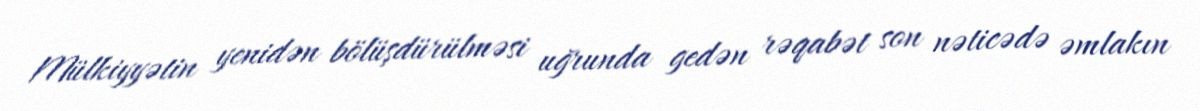
Mülkiyyətin yenidən bölüşdürülməsi uğrunda gedən rəqabət son nəticədə əmlakın